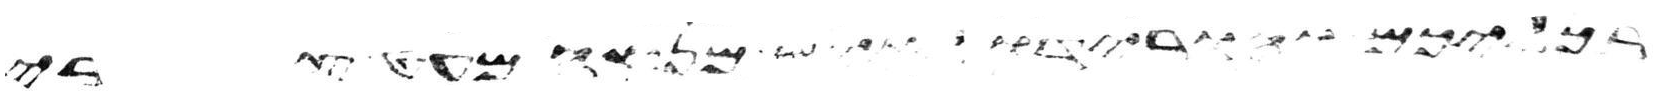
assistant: ממך מאד אשר לא מערי